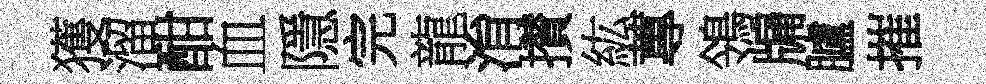
獲溜酣血隱完龍㳙攅紘蓴鴒牖臚摧